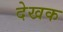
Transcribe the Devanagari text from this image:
देखक